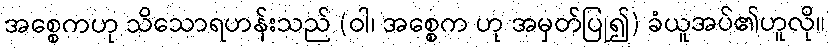
အစ္စေကဟု သိသောရဟန်းသည် (ဝါ၊ အစ္စေက ဟု အမှတ်ပြု၍) ခံယူအပ်၏ဟူလို။